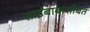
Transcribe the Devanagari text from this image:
साईंबाबांसोबत